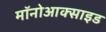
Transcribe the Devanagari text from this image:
मॉनोआक्साइड